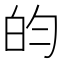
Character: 𬐄